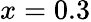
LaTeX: x=0.3